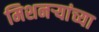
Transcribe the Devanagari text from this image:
मिशनऱ्यांच्या